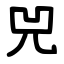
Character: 兕